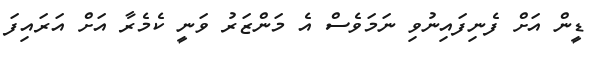
ޑީން އަށް ފެނިފައިނުވި ނަމަވެސް އެ މަންޒަރު ވަނީ ކެމެރާ އަށް އަރައިފަ